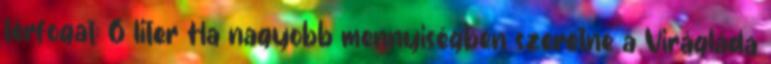
térfogat: 6 liter Ha nagyobb mennyiségben szeretne a Virágláda